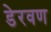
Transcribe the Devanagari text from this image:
डेरवण